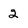
Character: 2